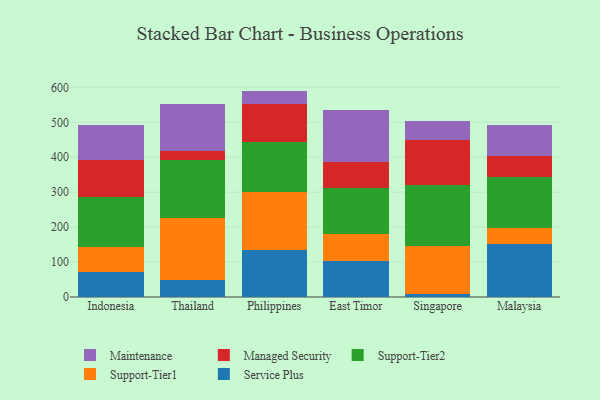
{"axis": {"x": "Country", "y": "Active Users"}, "legend": ["Maintenance", "Managed Security", "Service Plus", "Support-Tier1", "Support-Tier2"], "data": [{"x": "Indonesia", "y": 72.0, "type": "Service Plus"}, {"x": "Indonesia", "y": 72.4, "type": "Support-Tier1"}, {"x": "Indonesia", "y": 143.0, "type": "Support-Tier2"}, {"x": "Indonesia", "y": 105.7, "type": "Managed Security"}, {"x": "Indonesia", "y": 98.5, "type": "Maintenance"}, {"x": "Thailand", "y": 48.9, "type": "Service Plus"}, {"x": "Thailand", "y": 177.7, "type": "Support-Tier1"}, {"x": "Thailand", "y": 166.3, "type": "Support-Tier2"}, {"x": "Thailand", "y": 23.9, "type": "Managed Security"}, {"x": "Thailand", "y": 134.8, "type": "Maintenance"}, {"x": "Philippines", "y": 134.8, "type": "Service Plus"}, {"x": "Philippines", "y": 165.3, "type": "Support-Tier1"}, {"x": "Philippines", "y": 142.7, "type": "Support-Tier2"}, {"x": "Philippines", "y": 111.0, "type": "Managed Security"}, {"x": "Philippines", "y": 36.2, "type": "Maintenance"}, {"x": "East Timor", "y": 103.6, "type": "Service Plus"}, {"x": "East Timor", "y": 77.6, "type": "Support-Tier1"}, {"x": "East Timor", "y": 131.0, "type": "Support-Tier2"}, {"x": "East Timor", "y": 72.8, "type": "Managed Security"}, {"x": "East Timor", "y": 149.1, "type": "Maintenance"}, {"x": "Singapore", "y": 8.7, "type": "Service Plus"}, {"x": "Singapore", "y": 137.7, "type": "Support-Tier1"}, {"x": "Singapore", "y": 173.6, "type": "Support-Tier2"}, {"x": "Singapore", "y": 130.3, "type": "Managed Security"}, {"x": "Singapore", "y": 52.7, "type": "Maintenance"}, {"x": "Malaysia", "y": 151.1, "type": "Service Plus"}, {"x": "Malaysia", "y": 47.5, "type": "Support-Tier1"}, {"x": "Malaysia", "y": 146.1, "type": "Support-Tier2"}, {"x": "Malaysia", "y": 57.5, "type": "Managed Security"}, {"x": "Malaysia", "y": 89.8, "type": "Maintenance"}]}